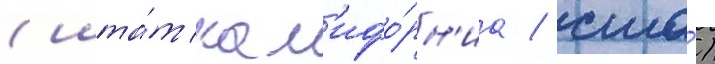
(шта́т кал'ифо́рн'иа / сша́)